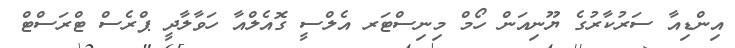
އިންޑިއާ ސަރުކާރުގެ ޔޫނިއަން ހޯމް މިނިސްޓަރ އެލްސީ ގޮއެލްއާ ހަވާލާދީ ޕްރެސް ޓްރަސްޓް